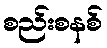
စည်းစနစ်